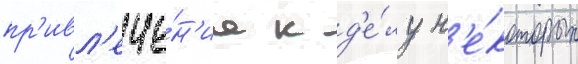
пр'ивл'ече́н'иа к д'е́лу н'е́которых